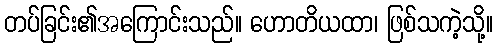
တပ်ခြင်း၏အကြောင်းသည်။ ဟောတိယထာ၊ ဖြစ်သကဲ့သို့။